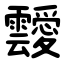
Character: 靉